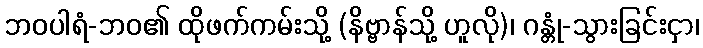
ဘဝပါရံ-ဘဝ၏ ထိုဖက်ကမ်းသို့ (နိဗ္ဗာန်သို့ ဟူလို)၊ ဂန္တုံ-သွားခြင်းငှာ၊